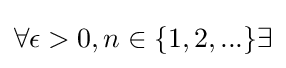
\forall \epsilon >0,n\in \{1,2,...\}\exists